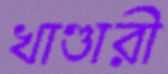
খাণ্ডারী